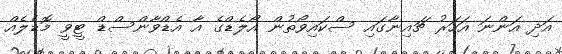
އަދި އަންނަ އަހަރު ޗައިނާގައި ސްކައިވޯތުން އޯލެޑްގެ އާ އެޑްވާންސްޑް ޓީވީ މޮޑެލެއް